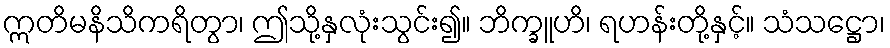
ဣတိမနိသိကရိတွာ၊ ဤသို့နှလုံးသွင်း၍။ ဘိက္ခူဟိ၊ ရဟန်းတို့နှင့်။ သံသဋ္ဌော၊